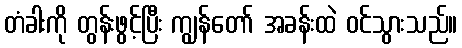
တံခါးကို တွန်းဖွင့်ပြီး ကျွန်တော် အခန်းထဲ ဝင်သွားသည်။